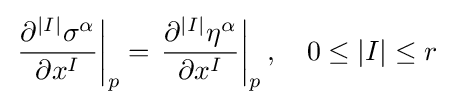
\left.{\frac {\partial ^{|I|}\sigma ^{\alpha }}{\partial x^{I}}}\right|_{p}=\left.{\frac {\partial ^{|I|}\eta ^{\alpha }}{\partial x^{I}}}\right|_{p},\quad 0\leq |I|\leq r